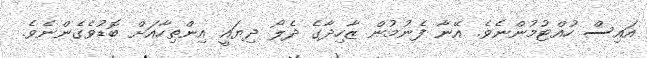
އައިސް ހުއްޓުމުންނެވެ. އޭނާ ފެނުމުން ޒާހިދާގެ ދެލޯ ދިޔައީ އިންތިހާއަށް ބޮޑުވެގެންނެވެ.